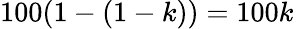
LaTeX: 100(1-(1-k))=100k\